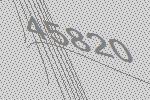
45820